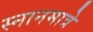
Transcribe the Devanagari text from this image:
स्नानमात्रे